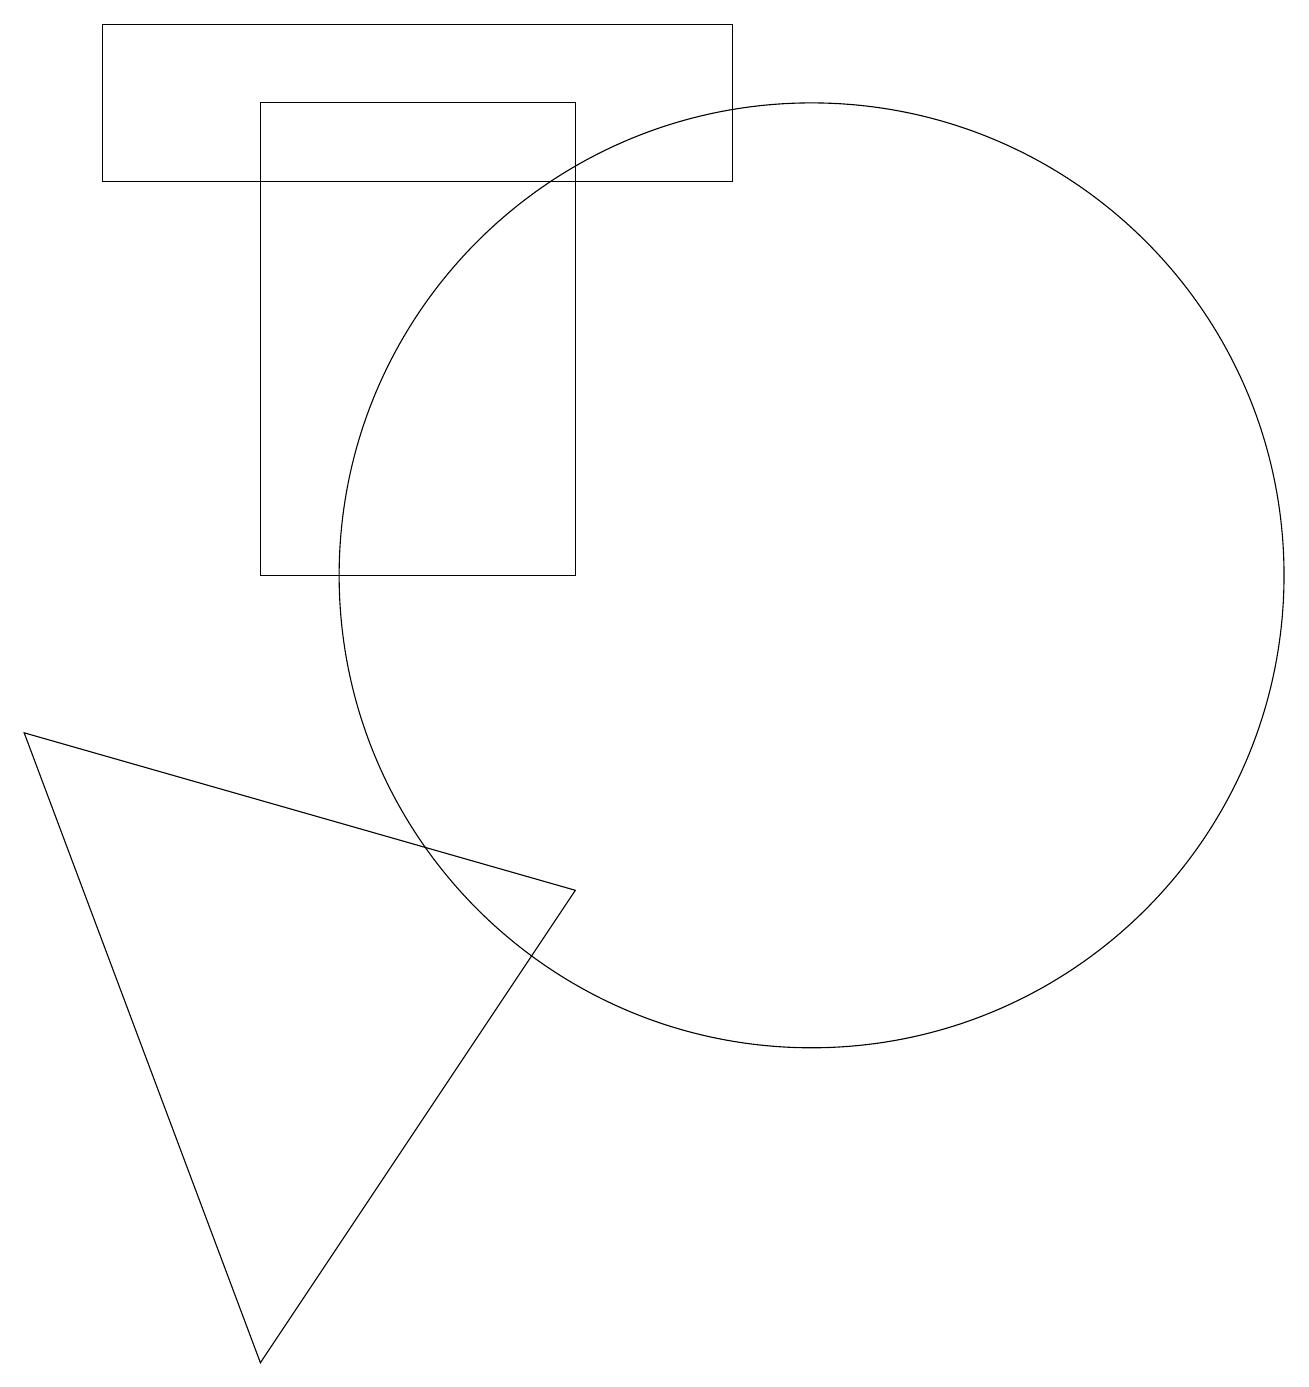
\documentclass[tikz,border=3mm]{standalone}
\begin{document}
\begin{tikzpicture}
\draw (3,11) rectangle (7,17);
\draw (9,18) rectangle (1,16);
\draw (10,11) circle (6);
\draw (3,1) -- (7,7) -- (0,9) -- cycle;
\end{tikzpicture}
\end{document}